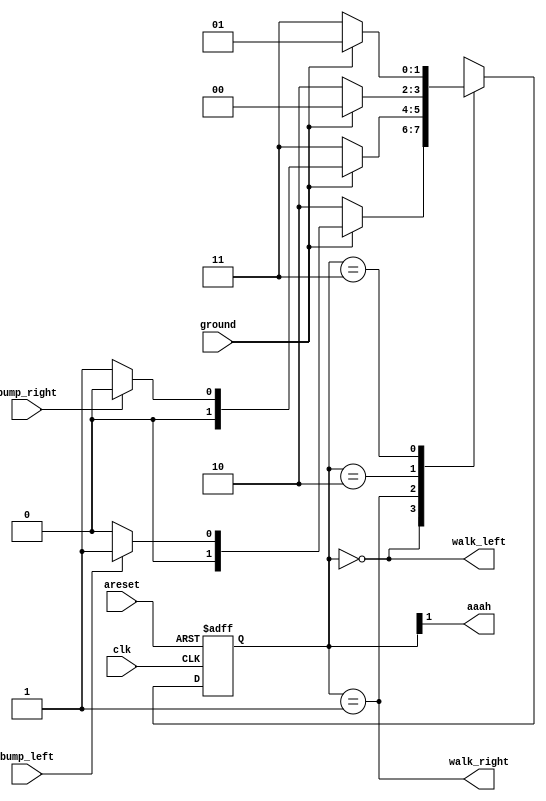
module top_module(
    input clk,
    input areset,    // Freshly brainwashed Lemmings walk left.
    input bump_left,
    input bump_right,
    input ground,
    output walk_left,
    output walk_right,
    output aaah ); 

    parameter [1:0] LEFT=2'b00, RIGHT=2'b01, FALLING_LEFT = 2'b10, FALLING_RIGHT = 2'b11;
    reg       [1:0] state, next_state;

    always @(*) begin
        // State transition logic
        case (state)
            LEFT:  
                next_state = ground ? (bump_left ? RIGHT : LEFT) : FALLING_LEFT;
            RIGHT: 
                next_state = ground ? (bump_right ? LEFT : RIGHT) : FALLING_RIGHT;
            FALLING_LEFT:  
                next_state = ground ? LEFT : FALLING_LEFT;  
            FALLING_RIGHT:
                next_state = ground ? RIGHT : FALLING_RIGHT;
        endcase 
    end

    always @(posedge clk, posedge areset) begin
        // State flip-flops with asynchronous reset
        if (areset) state <= LEFT;
        else        state <= next_state;
    end

    // Output logic
    assign walk_left    = (state == LEFT);
    assign walk_right   = (state == RIGHT);
    assign aaah         = state[1];

endmodule